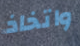
واتخاذ